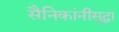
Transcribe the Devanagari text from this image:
सैनिकांनीसुद्धा